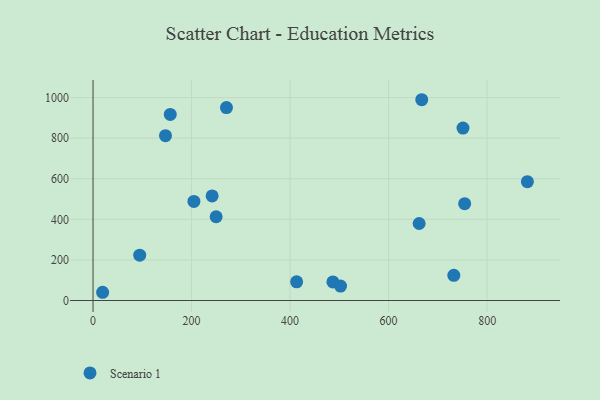
{"axis": {"x": "Study Hours", "y": "Rating"}, "legend": ["Scenario 1"], "data": [{"x": "204.8", "y": 488.2, "type": "Scenario 1"}, {"x": "94.8", "y": 223.2, "type": "Scenario 1"}, {"x": "270.9", "y": 950.6, "type": "Scenario 1"}, {"x": "241.8", "y": 515.4, "type": "Scenario 1"}, {"x": "413.3", "y": 92.0, "type": "Scenario 1"}, {"x": "751.0", "y": 849.8, "type": "Scenario 1"}, {"x": "881.7", "y": 585.4, "type": "Scenario 1"}, {"x": "662.0", "y": 379.5, "type": "Scenario 1"}, {"x": "249.9", "y": 412.8, "type": "Scenario 1"}, {"x": "19.5", "y": 40.6, "type": "Scenario 1"}, {"x": "754.4", "y": 477.0, "type": "Scenario 1"}, {"x": "486.9", "y": 91.7, "type": "Scenario 1"}, {"x": "147.1", "y": 812.2, "type": "Scenario 1"}, {"x": "502.4", "y": 71.1, "type": "Scenario 1"}, {"x": "156.8", "y": 917.0, "type": "Scenario 1"}, {"x": "667.3", "y": 989.4, "type": "Scenario 1"}, {"x": "732.4", "y": 123.9, "type": "Scenario 1"}]}